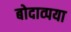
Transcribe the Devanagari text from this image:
बोदाव्पया